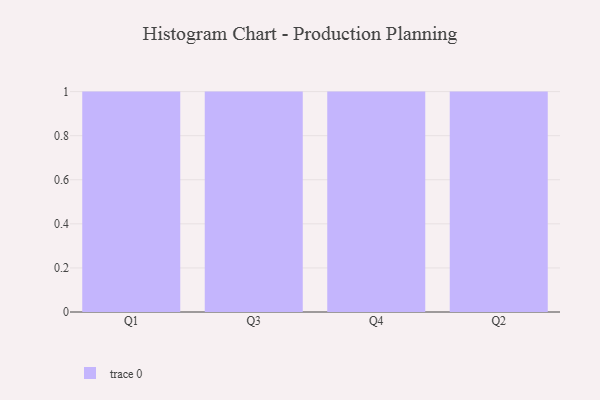
{"axis": {"x": "Quarter", "y": "Churn Rate (%)"}, "legend": [""], "data": [{"x": "Q1", "y": 54, "type": ""}, {"x": "Q3", "y": 68, "type": ""}, {"x": "Q4", "y": 73, "type": ""}, {"x": "Q2", "y": 22, "type": ""}]}